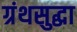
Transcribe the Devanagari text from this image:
ग्रंथसुद्धा